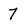
Character: 7